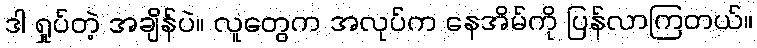
ဒါ ရှုပ်တဲ့ အချိန်ပဲ။ လူတွေက အလုပ်က နေအိမ်ကို ပြန်လာကြတယ်။